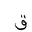
Letter: _qaf